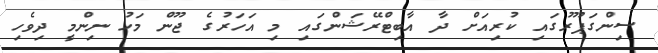
ސިންގަޕޫރުގައި ކުރިއަށް ދާ އާބިޓްރޭޝަންގައި މި އަހަރުގެ ޖޫން މަހު ނިންމީ ދިވެހި